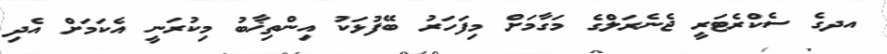
އދގެ ސެކްރެޓަރީ ޖެނެރަލްގެ މަގާމަށް މިފަހަރު ބޭފުޅަކު އިންތިޚާބު މިކުރަނީ އެކަމަށް އެދި